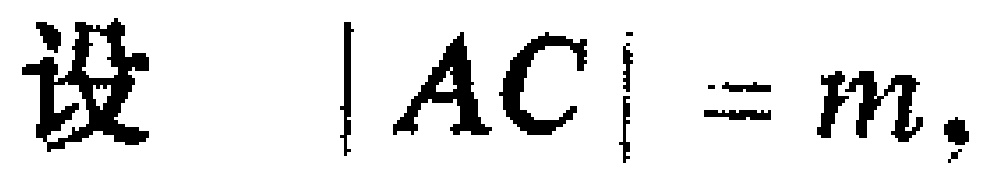
设 \(|AC| = m,\)